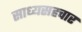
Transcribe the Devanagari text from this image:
साध्यसहचार